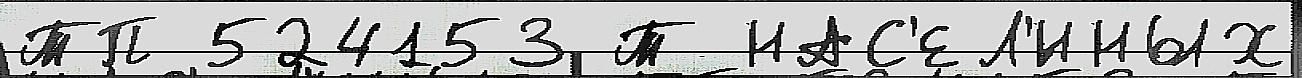
ТП 524153 Т НАС'ЕЛ'́ННЫХ